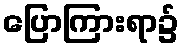
ပြောကြားရာ၌